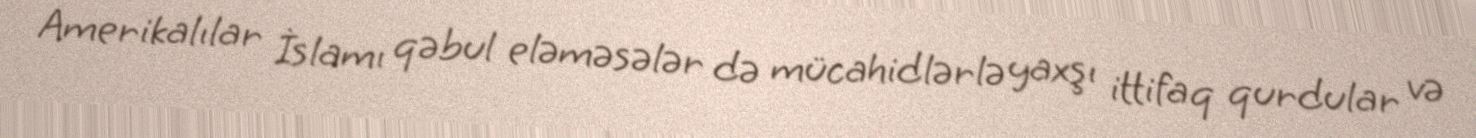
Amerikalılar İslamı qəbul eləməsələr də mücahidlərlə yaxşı ittifaq qurdular və